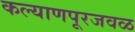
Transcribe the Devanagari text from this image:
कल्याणपूरजवळ